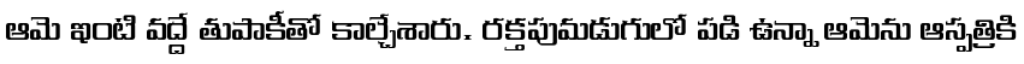
ఆమె ఇంటి వద్దే తుపాకీతో కాల్చేశారు. రక్తపుమడుగులో పడి ఉన్నా ఆమెను ఆస్పత్రికి